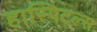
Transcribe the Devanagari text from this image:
हास्पिटल्स